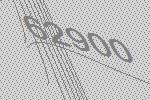
62900